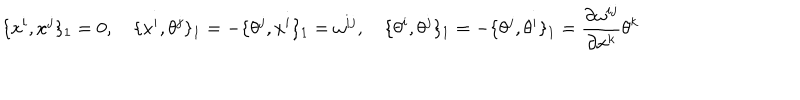
LaTeX: \{ x ^ { i } , x ^ { j } \} _ { 1 } = 0 , \quad \{ x ^ { i } , \theta ^ { j } \} _ { 1 } = - \{ \theta ^ { j } , x ^ { i } \} _ { 1 } = \omega ^ { i j } , \quad \{ \theta ^ { i } , \theta ^ { j } \} _ { 1 } = - \{ \theta ^ { j } , \theta ^ { i } \} _ { 1 } = \frac { \partial \omega ^ { i j } } { \partial x ^ { k } } \theta ^ { k }